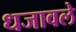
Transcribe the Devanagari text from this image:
धजावले